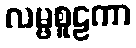
လမ္ဗစူဠကာ